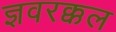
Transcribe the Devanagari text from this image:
ज्ञवरक्कल